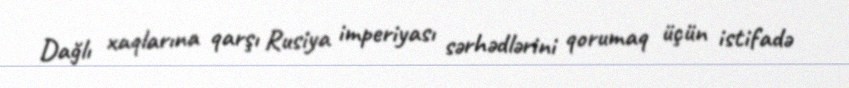
Dağlı xaqlarına qarşı Rusiya imperiyası sərhədlərini qorumaq üçün istifadə